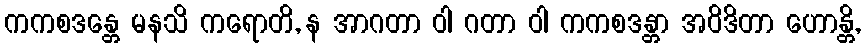
ကကစဒန္တေ မနသိ ကရောတိ, န အာဂတာ ဝါ ဂတာ ဝါ ကကစဒန္တာ အဝိဒိတာ ဟောန္တိ,